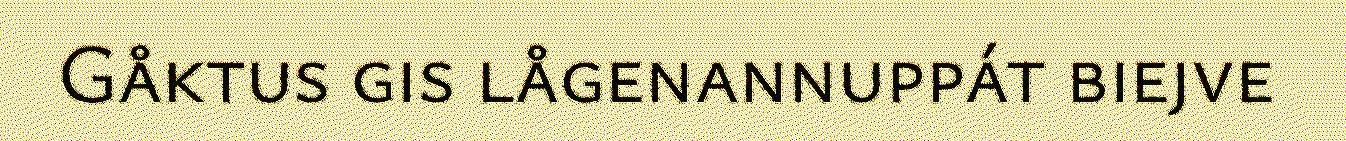
Gåktus gis lågenannuppát biejve